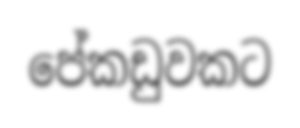
පේකඩුවකට